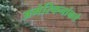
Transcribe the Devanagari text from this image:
अमेरिकनांकडे